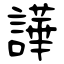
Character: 譁